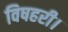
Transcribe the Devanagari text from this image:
विषहरी।